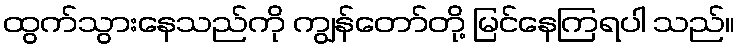
ထွက်သွားနေသည်ကို ကျွန်တော်တို့ မြင်နေကြရပါ သည်။